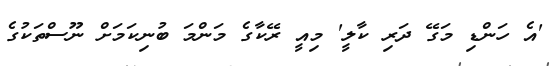
'އެ ހަންޑި މަގޭ ދަރި ކާލީ' މިއީ ރޭކާގެ މަންމަ ބުނިކަމަށް ނޫސްތަކުގެ